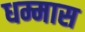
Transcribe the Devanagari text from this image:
धम्मास